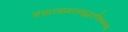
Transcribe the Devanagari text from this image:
संसारसागरसमुद्धरणैकमन्त्रम्